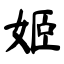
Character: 姬